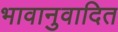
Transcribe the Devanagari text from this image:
भावानुवादित